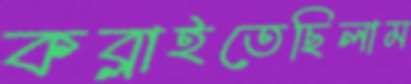
কব্‌লাইতেছিলাম